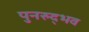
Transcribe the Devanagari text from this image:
पुनरुद्भव